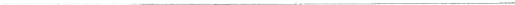
___